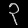
Digit: ၃